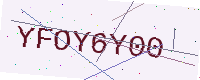
Text: YFOY6Y00